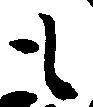
も